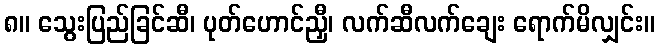
၈။ သွေးပြည်ခြင်ဆီ၊ ပုတ်ဟောင်ညှီ၊ လက်ဆီလက်ချေး ရောက်မိလျှင်း။